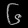
Digit: ၆